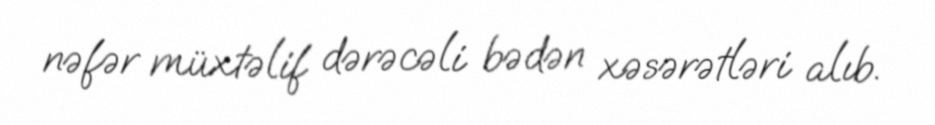
nəfər müxtəlif dərəcəli bədən xəsərətləri alıb.